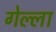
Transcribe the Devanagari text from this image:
गेल्ला